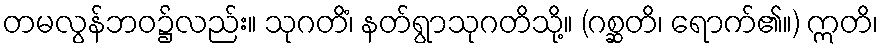
တမလွန်ဘဝ၌လည်း။ သုဂတိံ၊ နတ်ရွာသုဂတိသို့။ (ဂစ္ဆတိ၊ ရောက်၏။) ဣတိ၊